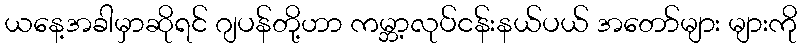
ယနေ့အခါမှာဆိုရင် ဂျပန်တို့ဟာ ကမ္ဘာ့လုပ်ငန်းနယ်ပယ် အတော်များ များကို